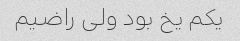
یکم‌ یخ بود ولی راضیم